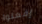
إفعلوا